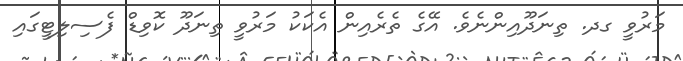
މަރުވީ ގދ. ތިނަދޫއިންނެވެ. އޭގެ ތެރެއިން އެކަކު މަރުވީ ތިނަދޫ ކޮވިޑް ފެސިލިޓީގައި